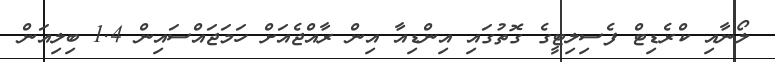
ލޯނާއި ކްރެޑިޓް ފެސިލިޓީގެ ގޮތުގައި އިންޑިއާ އިން ރާއްޖެއަށް ހަމަޖައްސައިން 1.4 ބިލިއަން